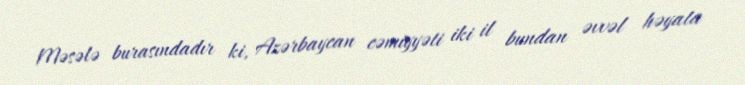
Məsələ burasındadır ki, Azərbaycan cəmiyyəti iki il bundan əvvəl həyata